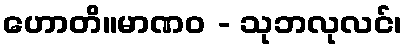
ဟောတိ။မာဏဝ - သုဘလုလင်၊